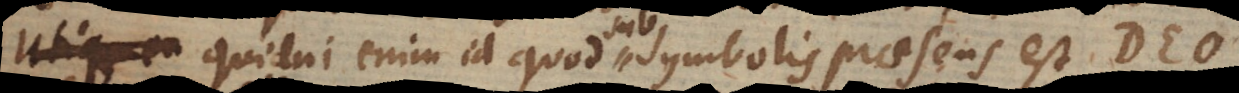
. Quidni enim id quod symbolis praesens est Deo